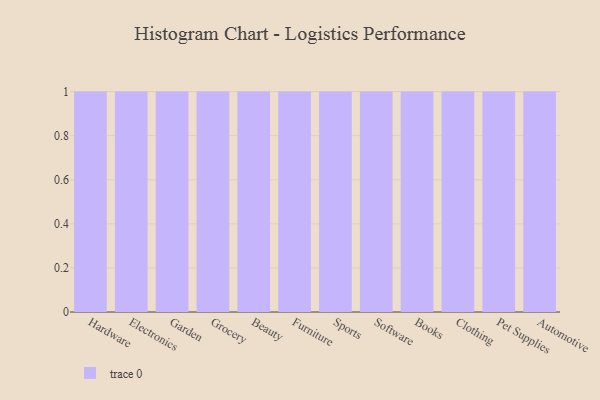
{"axis": {"x": "Category", "y": "Shipments"}, "legend": [""], "data": [{"x": "Hardware", "y": 1, "type": ""}, {"x": "Electronics", "y": 78, "type": ""}, {"x": "Garden", "y": 2, "type": ""}, {"x": "Grocery", "y": 21, "type": ""}, {"x": "Beauty", "y": 72, "type": ""}, {"x": "Furniture", "y": 91, "type": ""}, {"x": "Sports", "y": 90, "type": ""}, {"x": "Software", "y": 50, "type": ""}, {"x": "Books", "y": 46, "type": ""}, {"x": "Clothing", "y": 50, "type": ""}, {"x": "Pet Supplies", "y": 36, "type": ""}, {"x": "Automotive", "y": 17, "type": ""}]}